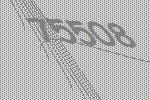
75508